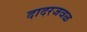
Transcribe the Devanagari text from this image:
दादरजवळ